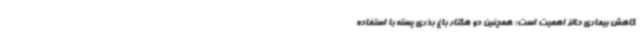
کاهش بیماری حائز اهمیت است؛ همچنین دو هکتار باغ بذری پسته با استفاده